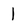
Character: 1